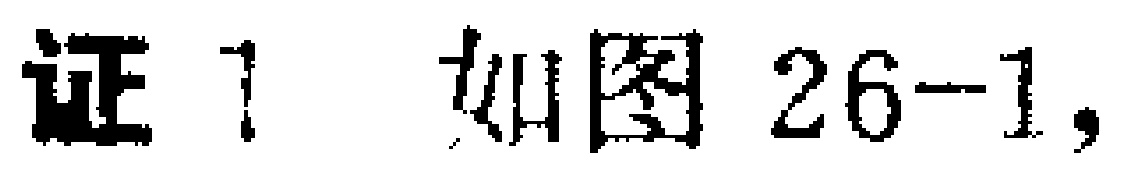
证1 如图26-1，